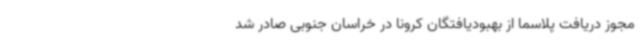
مجوز دریافت پلاسما از بهبودیافتگان کرونا در خراسان جنوبی صادر شد